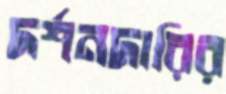
দর্শনদারির